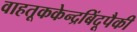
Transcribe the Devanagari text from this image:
वाहतूककेन्द्रबिंदूपैकी